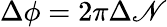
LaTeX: \Delta\phi=2\pi\Delta\mathscr{N}